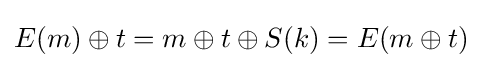
E(m)\oplus t=m\oplus t\oplus S(k)=E(m\oplus t)